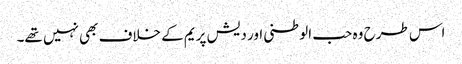
اس طرح وہ حب الوطنی اور دیش پریم کے خلاف بھی نہیں تھے۔